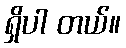
ရှိပါ တယ်။